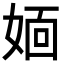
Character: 𡞎